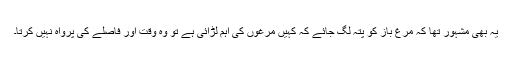
یہ بھی مشہور تھا کہ مرغ باز کو پتہ لگ جائے کہ کہیں مرغوں کی اہم لڑائی ہے تو وہ وقت اور فاصلے کی پرواہ نہیں کرتا۔